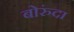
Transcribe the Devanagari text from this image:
बोरुंदा